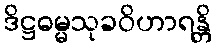
ဒိဋ္ဌဓမ္မသုခဝိဟာရန္တိ